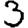
Digit: 3